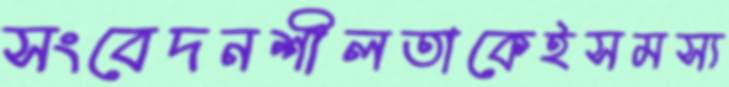
সংবেদনশীলতাকেইসমস্য